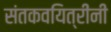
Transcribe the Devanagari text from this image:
संतकवयित्रींनी